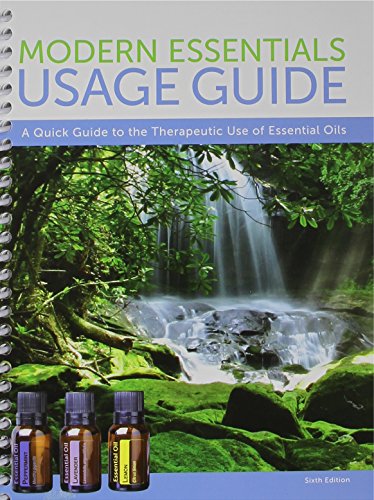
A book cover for Mini Modern Essentials Usage Guide 6th Edition, a Quick Guide to the Therapeutic Use of Essential Oils; Aroma Tools; Health, Fitness & Dieting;